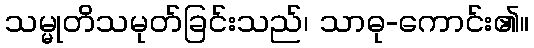
သမ္မုတိသမုတ်ခြင်းသည်၊ သာဓု-ကောင်း၏။